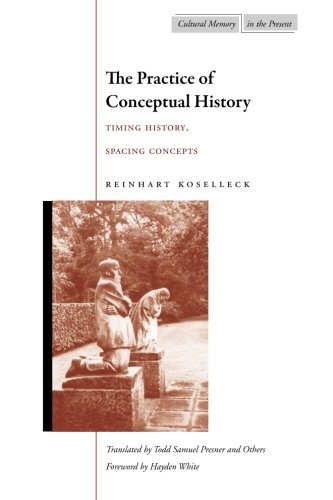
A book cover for The Practice of Conceptual History: Timing History, Spacing Concepts (Cultural Memory in the Present); Reinhart Koselleck; History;